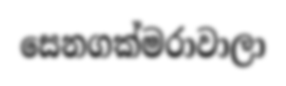
සෙනගක්මරාවාලා